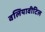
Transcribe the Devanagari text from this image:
वलियावीटिल